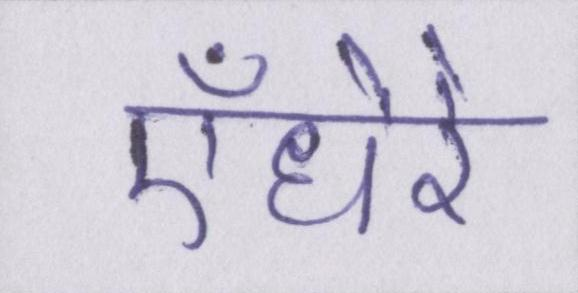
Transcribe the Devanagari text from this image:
ऍंधेरे